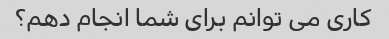
کاری می توانم برای شما انجام دهم؟